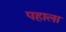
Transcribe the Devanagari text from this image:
पहाला